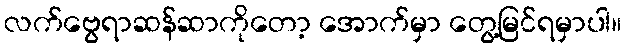
လက်ဗွေရာဆန်ဆာကိုတော့ အောက်မှာ တွေ့မြင်ရမှာပါ။